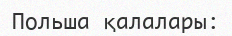
Польша қалалары: